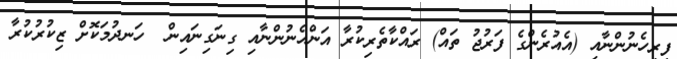
ފިރިހެނުންނާއި (އެއުރެންގެ ފަރުޖު ތައް) ރައްކާތެރިކުރާ އަންހެނުންނާއި ގިނަގިނައިން  ހަނދުމަކޮށް ޒިކުރުކުރާ